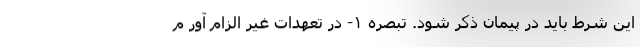
این شرط باید در پیمان ذکر شود. تبصره ۱- در تعهدات غیر الزام آور م